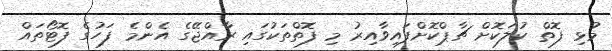
މުޅި ފޮތް ކުލަކޮށް ޗާޕްކޮށްފައިވާއިރު މި ފޮތްތަކުގައި ރާއްޖޭގެ އެންމެ ފަހުގެ ފޮޓޯތައް